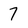
Character: 7